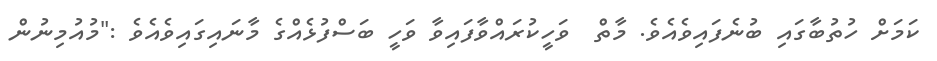
ކަމަށް ހުތުބާގައި ބުނެފައިވެއެވެ. މާތް  ވަހީކުރައްވާފައިވާ ވަހީ ބަސްފުޅެއްގެ މާނައިގައިވެއެވެ :"މުއުމިނުން